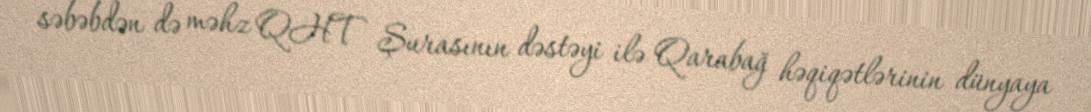
səbəbdən də məhz QHT Şurasının dəstəyi ilə Qarabağ həqiqətlərinin dünyaya